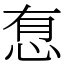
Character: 㤫